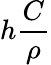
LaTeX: h\frac C\rho